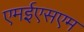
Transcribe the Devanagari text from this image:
एमईएसएम